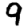
Digit: 9